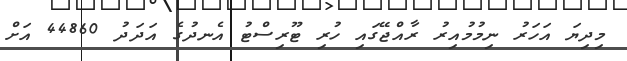
މިދިޔަ އަހަރު ނިމުމުއިރު ރާއްޖޭގައި ހުރި ޓޫރިސްޓު އެނދުގެ އަދަދު 44860 އަށް